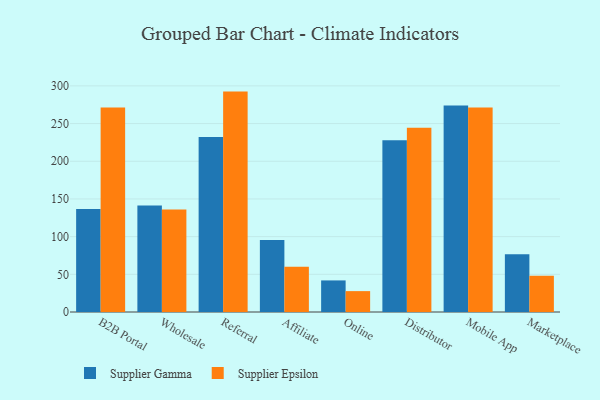
{"axis": {"x": "Channel", "y": "Shipments"}, "legend": ["Supplier Epsilon", "Supplier Gamma"], "data": [{"x": "B2B Portal", "y": 136.5, "type": "Supplier Gamma"}, {"x": "B2B Portal", "y": 271.2, "type": "Supplier Epsilon"}, {"x": "Wholesale", "y": 141.3, "type": "Supplier Gamma"}, {"x": "Wholesale", "y": 136.1, "type": "Supplier Epsilon"}, {"x": "Referral", "y": 232.3, "type": "Supplier Gamma"}, {"x": "Referral", "y": 292.4, "type": "Supplier Epsilon"}, {"x": "Affiliate", "y": 95.5, "type": "Supplier Gamma"}, {"x": "Affiliate", "y": 60.0, "type": "Supplier Epsilon"}, {"x": "Online", "y": 41.9, "type": "Supplier Gamma"}, {"x": "Online", "y": 27.7, "type": "Supplier Epsilon"}, {"x": "Distributor", "y": 227.8, "type": "Supplier Gamma"}, {"x": "Distributor", "y": 244.6, "type": "Supplier Epsilon"}, {"x": "Mobile App", "y": 273.8, "type": "Supplier Gamma"}, {"x": "Mobile App", "y": 271.4, "type": "Supplier Epsilon"}, {"x": "Marketplace", "y": 76.7, "type": "Supplier Gamma"}, {"x": "Marketplace", "y": 48.2, "type": "Supplier Epsilon"}]}